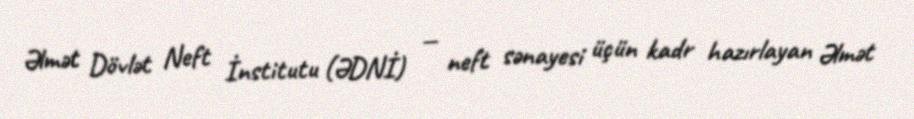
Əlmət Dövlət Neft İnstitutu (ƏDNİ) — neft sənayesi üçün kadr hazırlayan Əlmət